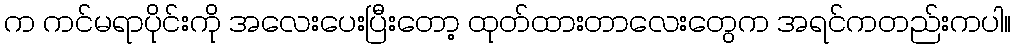
က ကင်မရာပိုင်းကို အလေးပေးပြီးတော့ ထုတ်ထားတာလေးတွေက အရင်ကတည်းကပါ။